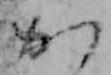
か